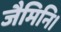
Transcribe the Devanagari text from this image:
जैमिनि।